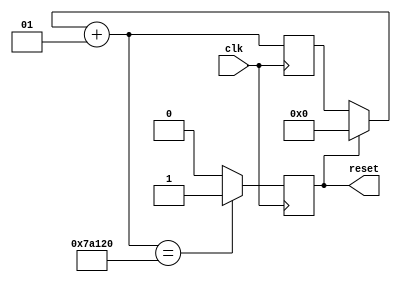
//Provides the synchronous reset signal for the counter that determines actual speed of motor from the optical encoder
module reset(clk, reset);

input clk; //Clock used is the 50 MHz built-in clock on the FPGA
output reg reset;
integer count;

always @(posedge clk )
	begin
		if (reset == 1) //If the rest was set HI on the last iteration:
		begin 
			reset = 0; //Set reset low, so that the pulse lasts only for 1 clock cycle
			count = 0; //Reset the count 
		end
		
		count = count + 1;
		
		if (count == 500000) //The reset pusle is one clock cycle long, running at 100Hz
		begin
			reset = 1;
		end
	end
endmodule